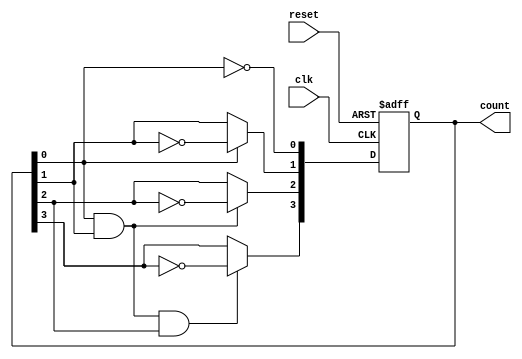
module async_ripple_counter (
    input wire clk,       // Clock input
    input wire reset,     // Asynchronous reset
    output reg [3:0] count // 4-bit counter output
);

// T flip-flop behavior
always @(posedge clk or posedge reset) begin
    if (reset) begin
        count <= 4'b0000; // Reset the counter to 0
    end else begin
        count[0] <= ~count[0]; // Toggle LSB
        count[1] <= count[0] ? ~count[1] : count[1]; // Toggle second bit if LSB was 1
        count[2] <= (count[0] & count[1]) ? ~count[2] : count[2]; // Toggle third bit if LSB and second bit were 1
        count[3] <= (count[0] & count[1] & count[2]) ? ~count[3] : count[3]; // Toggle MSB if all previous bits were 1
    end
end

endmodule